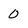
Character: 0